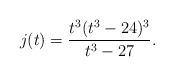
LaTeX: \begin{align*}j(t)=\frac{t^3(t^3-24)^3}{t^3-27}.\end{align*}